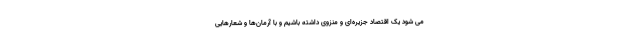
می شود یک اقتصاد جزیره‌ای و منزوی داشته باشیم و با آرمان‌ها و شعارهایی